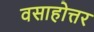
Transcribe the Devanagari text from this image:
वसाहोत्तर